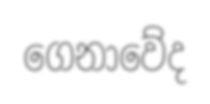
ගෙනාවේද